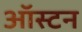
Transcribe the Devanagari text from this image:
ऑस्टन